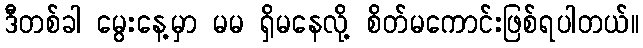
ဒီတစ်ခါ မွေးနေ့မှာ မမ ရှိမနေလို့ စိတ်မကောင်းဖြစ်ရပါတယ်။